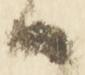
候